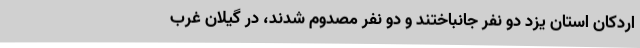
اردکان استان یزد دو نفر جانباختند و دو نفر مصدوم شدند، در گیلان غرب